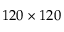
1 2 0 \times 1 2 0